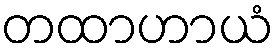
တထာဟာယံ